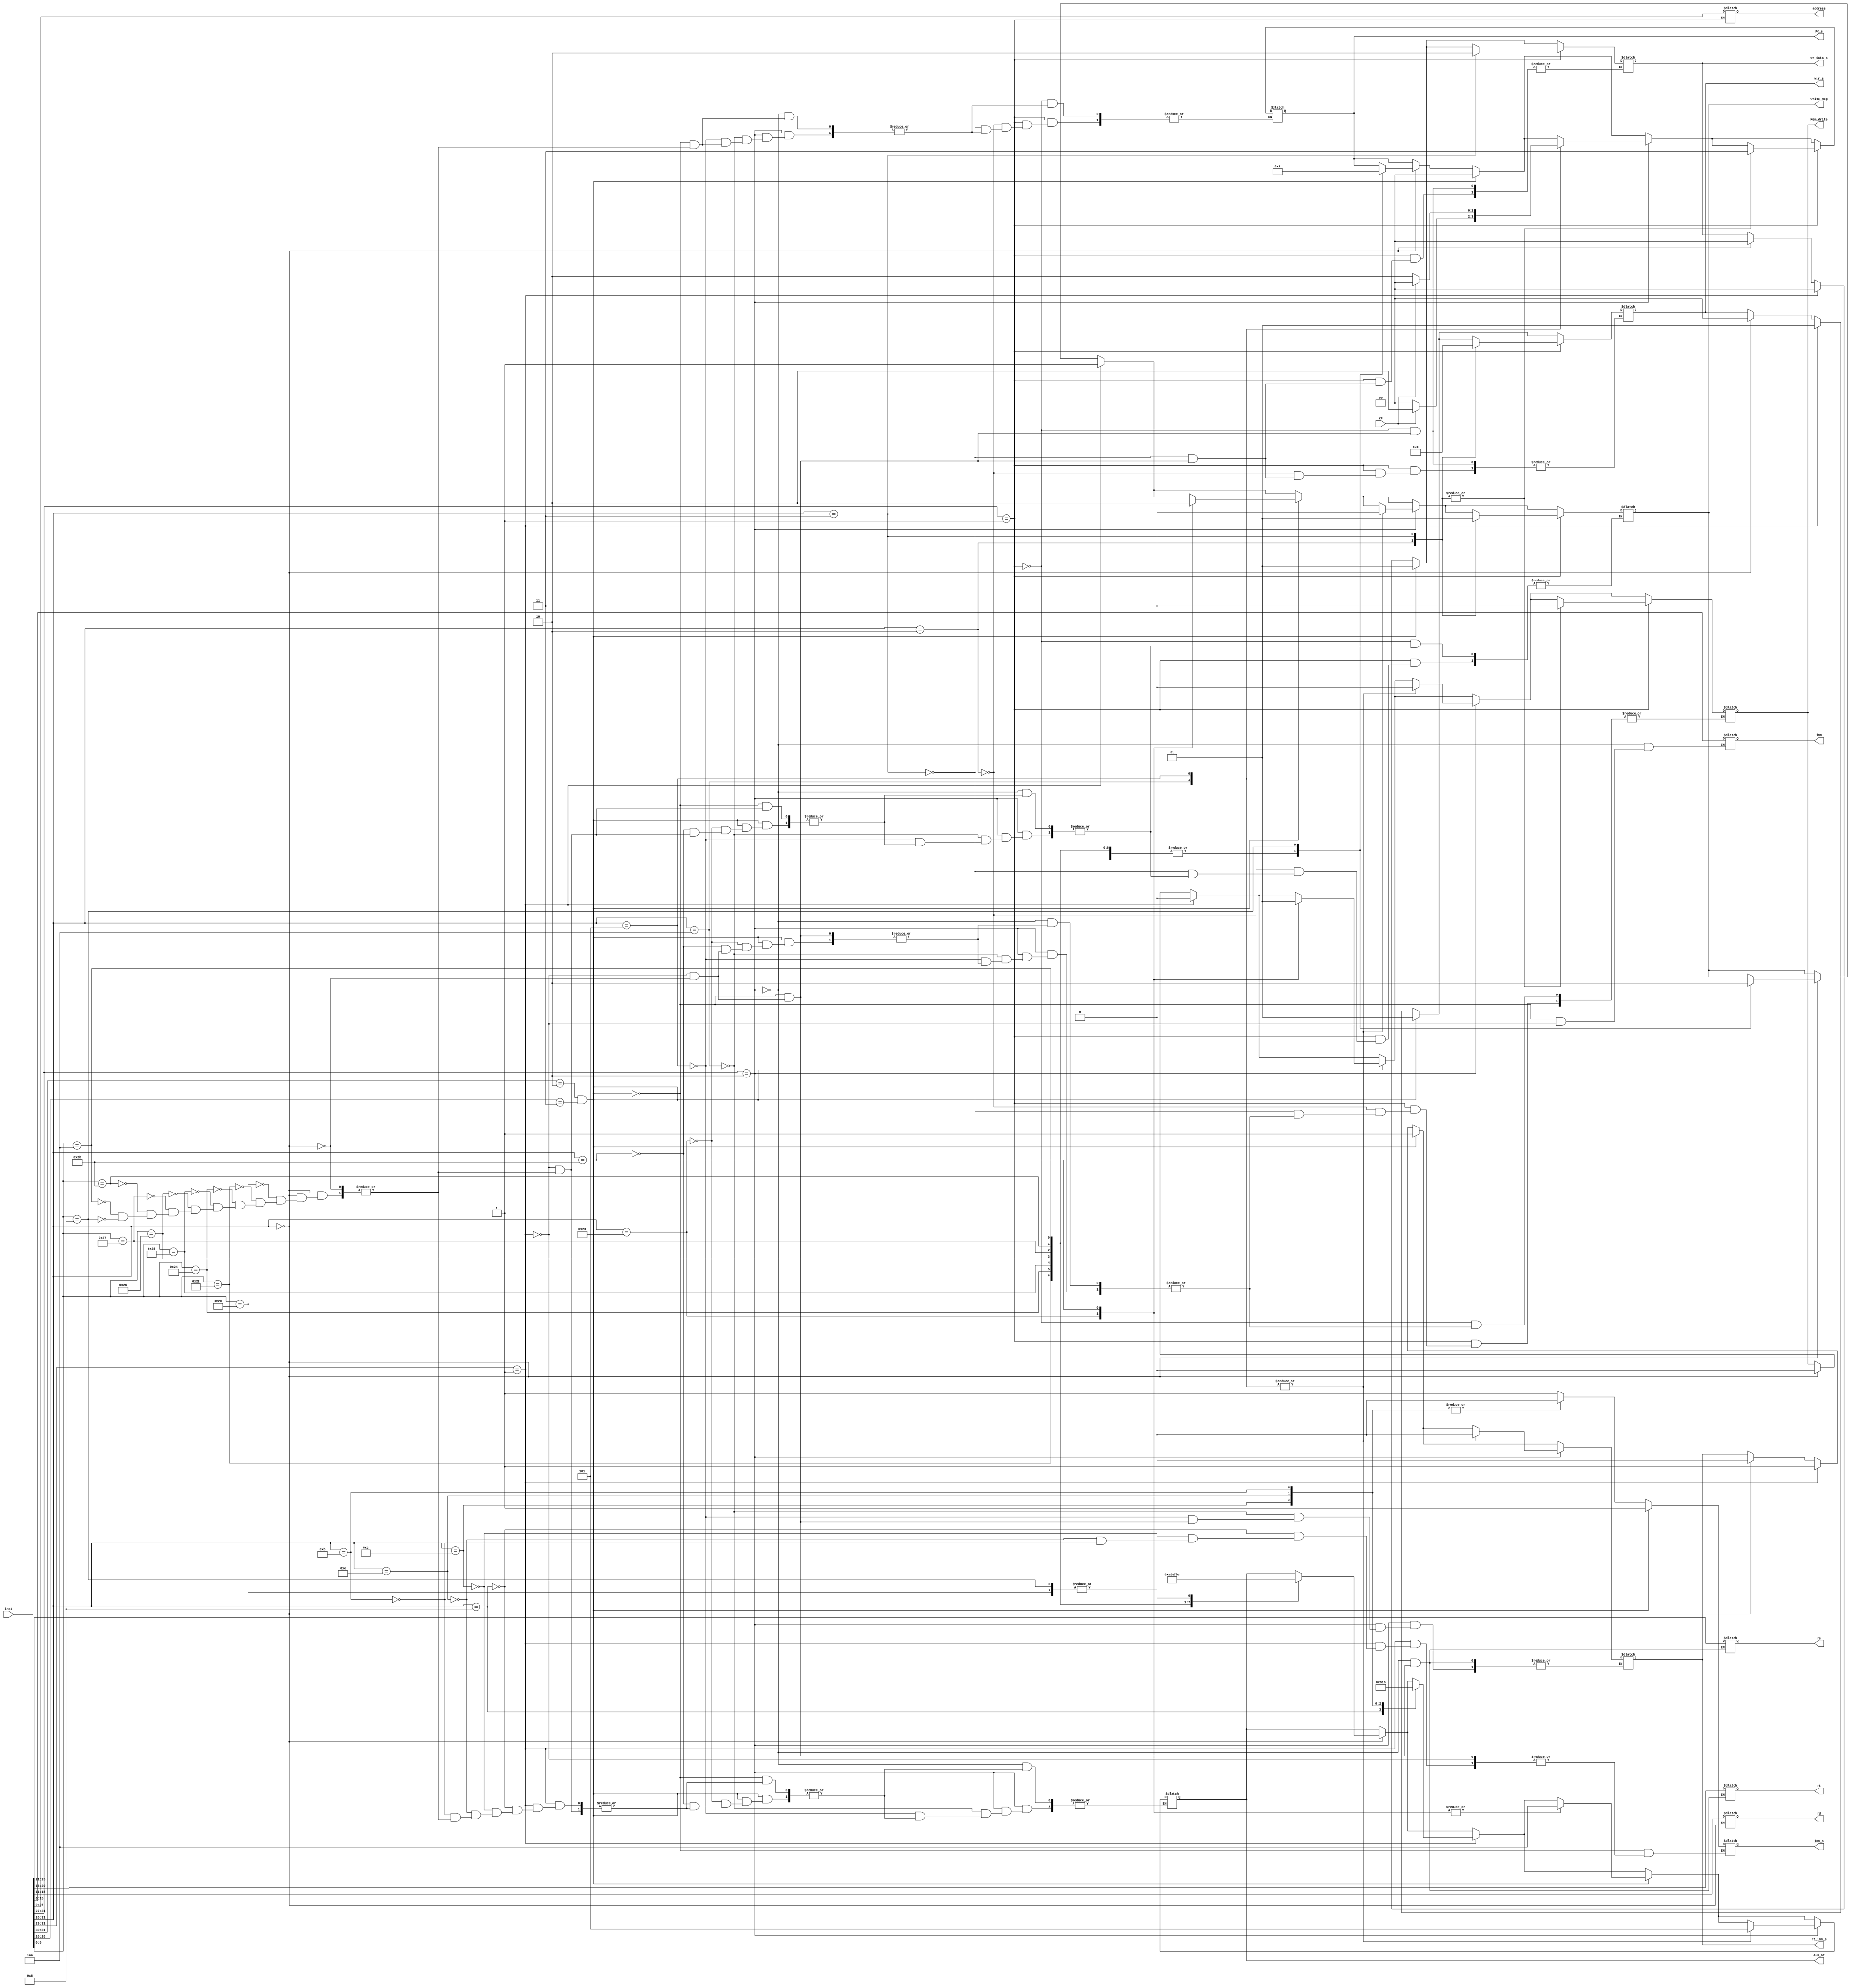
`timescale 1ns / 1ps
//////////////////////////////////////////////////////////////////////////////////
// Company: 
// Engineer: 
// 
// Design Name: 
// Module Name:    OP_YIMA 
// Project Name: 
// Target Devices: 
// Tool versions: 
// Description: 
//
// Dependencies: 
//
// Revision: 
// Revision 0.01 - File Created
// Additional Comments: 
//
//////////////////////////////////////////////////////////////////////////////////
module OP_YIMA(inst,ALU_OP,rs,rt,rd,Write_Reg,
imm,imm_s,rt_imm_s,Mem_Write,address,w_r_s,wr_data_s,PC_s,ZF);
input [31:0]inst;
output reg[2:0]ALU_OP;
output reg[4:0]rs;
output reg[4:0]rt;
output reg[4:0]rd;
output reg Write_Reg;
output reg[15:0]imm;
//output reg rd_rt_s;
output reg imm_s;
output reg rt_imm_s;
output reg Mem_Write;
output reg [25:0]address;
output reg[1:0] w_r_s;
output reg[1:0] wr_data_s;
output reg[1:0] PC_s;
input ZF;
always@(*)
begin
//----------R----------
if(inst[31:26]==6'b000000)
begin
 rd=inst[15:11];
 rt=inst[20:16];
 rs=inst[25:21];
 //alu_mem_s=0;
 wr_data_s=2'b00;
 Mem_Write=0;
 //rd_rt_s=0;
 w_r_s=2'b00;
 rt_imm_s=0;
case(inst[5:0])
6'b100000:begin ALU_OP=3'b100;Write_Reg=1;PC_s=2'b00;end
6'b100010:begin ALU_OP=3'b101;Write_Reg=1;PC_s=2'b00;end
6'b100100:begin ALU_OP=3'b000;Write_Reg=1;PC_s=2'b00;end
6'b100101:begin ALU_OP=3'b001;Write_Reg=1;PC_s=2'b00;end
6'b100110:begin ALU_OP=3'b010;Write_Reg=1;PC_s=2'b00;end
6'b100111:begin ALU_OP=3'b011;Write_Reg=1;PC_s=2'b00;end
6'b101011:begin ALU_OP=3'b110;Write_Reg=1;PC_s=2'b00;end
6'b000100:begin ALU_OP=3'b111;Write_Reg=1;PC_s=2'b00;end
6'b001000:begin ALU_OP=3'b100;Write_Reg=0;PC_s=2'b01;end
endcase
end
//---------I-------
if(inst[31:29]==3'b001)
begin
imm=inst[15:0];
rt=inst[20:16];
rs=inst[25:21];
Mem_Write=0;
//rd_rt_s=1;
rt_imm_s=1;
//alu_mem_s=0;
w_r_s=2'b01;
Write_Reg=1;
wr_data_s=2'b00;
case(inst[31:26])
6'b001000:begin imm_s=1;ALU_OP=3'b100;end
6'b001100:begin imm_s=0;ALU_OP=3'b000;end
6'b001110:begin imm_s=0;ALU_OP=3'b010;end
6'b001011:begin imm_s=0;ALU_OP=3'b110;end
endcase
end
//--------I/------
if((inst[31:30]==2'b10)&&(inst[28:26]==3'b011))
begin
imm=inst[15:0];
rt=inst[20:16];//rt
rs=inst[25:21];//rs
//rd_rt_s=1;//rt
rt_imm_s=1;//imm
imm_s=1;
w_r_s=2'b01;
wr_data_s=2'b01;
PC_s=2'b00;
case(inst[31:26])
6'b100011:begin Mem_Write=0; Write_Reg=1;ALU_OP=3'b100;end
6'b101011:begin Mem_Write=1; Write_Reg=0;ALU_OP=3'b100;end
endcase
end
//-----------I---------
if(inst[31:27]==5'b00010)
begin
 imm=inst[15:0];
 rt=inst[20:16];//rt
 rs=inst[25:21];//rs
 case(inst[31:26])
 6'b000100:begin rt_imm_s=0;ALU_OP=3'b101;Write_Reg=0;Mem_Write=0;
 PC_s=(ZF?2'b10:2'b00);end
 6'b000101:begin rt_imm_s=0;ALU_OP=3'b101;Write_Reg=0;Mem_Write=0;
 PC_s=(ZF?2'b00:2'b10);end
 endcase
 end
 //----------J----------
 if(inst[31:27]==5'b00001)
 begin
 address=inst[25:0];
 case(inst[31:26])
 6'b000010:begin w_r_s=2'b00;Write_Reg=0;Mem_Write=0;PC_s=2'b11;end
 6'b000011:begin w_r_s=2'b10;wr_data_s=2'b10;Write_Reg=1;Mem_Write=0;PC_s=2'b11;end
 endcase
 end
 end
endmodule